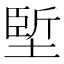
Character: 𡏐